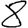
Digit: 8